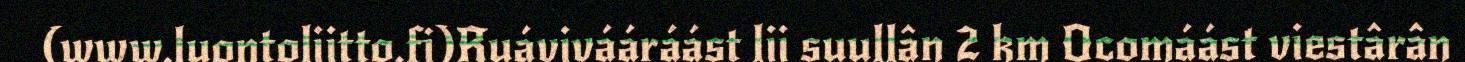
(www.luontoliitto.fi)Ruávivááráást lii suullân 2 km Ocomáást viestârân